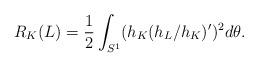
LaTeX: \begin{align*}R_K(L) = \frac{1}{2} \int_{S^1} (h_K (h_L/h_K)')^2 d\theta . \end{align*}